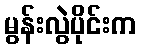
မွန်းလွဲပိုင်းက